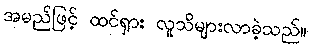
အမည်ဖြင့် ထင်ရှား လူသိများလာခဲ့သည်။